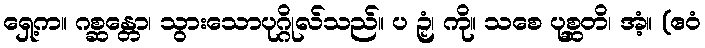
ရှေ့က။ ဂစ္ဆန္တော၊ သွားသောပုဂ္ဂိုလ်သည်။ ပ ဉှံ၊ ကို။ သစေ ပုစ္ဆတိ၊ အံ့။ (ဧဝံ